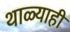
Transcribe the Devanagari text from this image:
थाळ्याही